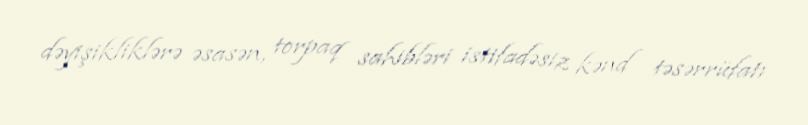
dəyişikliklərə əsasən, torpaq sahibləri istifadəsiz kənd təsərrüfatı